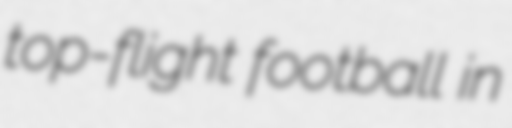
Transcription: top-flight football in